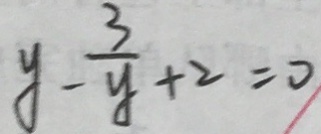
y - \frac { 3 } { y } + 2 = 0